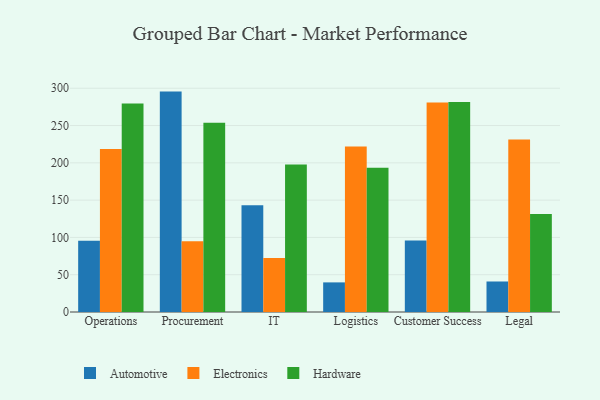
{"axis": {"x": "Department", "y": "Website Visitors"}, "legend": ["Automotive", "Electronics", "Hardware"], "data": [{"x": "Operations", "y": 95.5, "type": "Automotive"}, {"x": "Operations", "y": 218.6, "type": "Electronics"}, {"x": "Operations", "y": 279.6, "type": "Hardware"}, {"x": "Procurement", "y": 295.5, "type": "Automotive"}, {"x": "Procurement", "y": 94.8, "type": "Electronics"}, {"x": "Procurement", "y": 253.8, "type": "Hardware"}, {"x": "IT", "y": 143.1, "type": "Automotive"}, {"x": "IT", "y": 72.3, "type": "Electronics"}, {"x": "IT", "y": 197.9, "type": "Hardware"}, {"x": "Logistics", "y": 39.7, "type": "Automotive"}, {"x": "Logistics", "y": 222.0, "type": "Electronics"}, {"x": "Logistics", "y": 193.4, "type": "Hardware"}, {"x": "Customer Success", "y": 96.0, "type": "Automotive"}, {"x": "Customer Success", "y": 280.8, "type": "Electronics"}, {"x": "Customer Success", "y": 281.4, "type": "Hardware"}, {"x": "Legal", "y": 40.9, "type": "Automotive"}, {"x": "Legal", "y": 231.3, "type": "Electronics"}, {"x": "Legal", "y": 131.4, "type": "Hardware"}]}